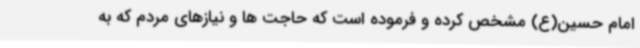
امام حسین(ع) مشخص کرده و فرموده است که حاجت ها و نیازهای مردم که به